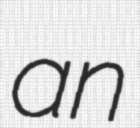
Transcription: an